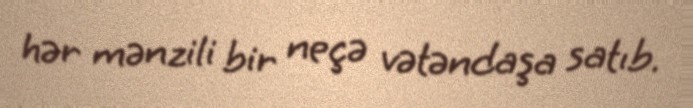
hər mənzili bir neçə vətəndaşa satıb.